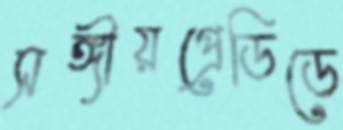
সঙ্গীয়প্রেডিডে